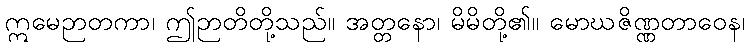
ဣမေဉာတကာ၊ ဤဉာတိတို့သည်။ အတ္တနော၊ မိမိတို့၏။ မောဃဇိဏ္ဏတာဝေန၊